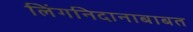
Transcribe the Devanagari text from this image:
लिंगनिदानाबाबत